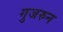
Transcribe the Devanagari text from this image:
गुजरुन